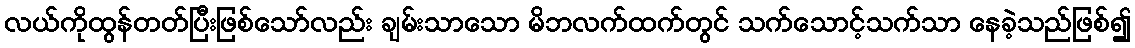
လယ်ကိုထွန်တတ်ပြီးဖြစ်သော်လည်း ချမ်းသာသော မိဘလက်ထက်တွင် သက်သောင့်သက်သာ နေခဲ့သည်ဖြစ်၍